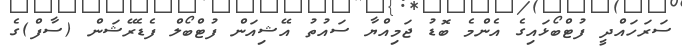
ސަރަހައްދީ ފުޓްބޯޅައިގެ އެންމެ ބޮޑު ޖަމިއްޔާ ސައުތު އޭޝިއަން ފުޓްބޯލް ފެޑެރޭޝަން (ސާފް)ގެ